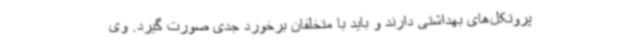
پروتکل‌های بهداشتی دارند و باید با متخلفان برخورد جدی صورت گیرد. وی